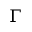
\Gamma